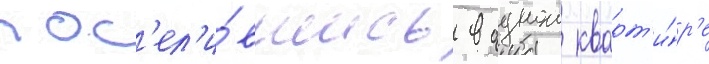
пос'ел'и́вшись в однои кварт'и́р'е